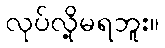
လုပ်လို့မရဘူး။